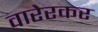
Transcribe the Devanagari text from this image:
वारेरकर